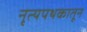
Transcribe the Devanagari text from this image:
नृत्यपथकातून